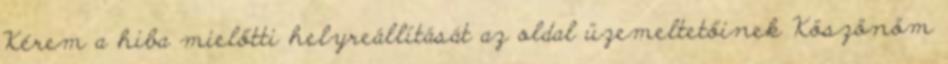
Kérem a hiba mielőtti helyreállítását az oldal üzemeltetőinek Köszönöm